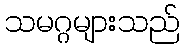
သမဂ္ဂများသည်